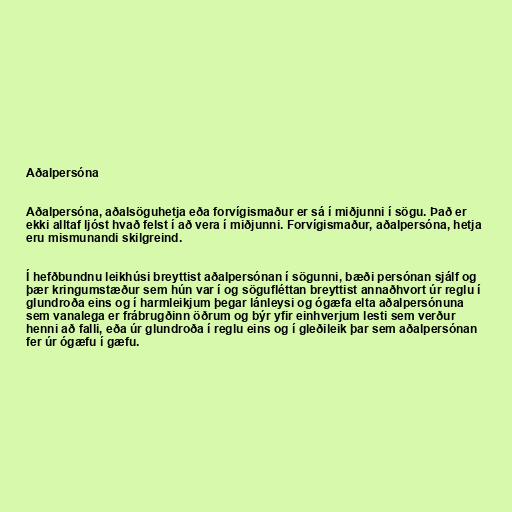
Aðalpersóna

Aðalpersóna, aðalsöguhetja eða forvígismaður er sá í miðjunni í sögu. Það er
ekki alltaf ljóst hvað felst í að vera í miðjunni. Forvígismaður, aðalpersóna, hetja
eru mismunandi skilgreind.

Í hefðbundnu leikhúsi breyttist aðalpersónan í sögunni, bæði persónan sjálf og
þær kringumstæður sem hún var í og sögufléttan breyttist annaðhvort úr reglu í
glundroða eins og í harmleikjum þegar lánleysi og ógæfa elta aðalpersónuna
sem vanalega er frábrugðinn öðrum og býr yfir einhverjum lesti sem verður
henni að falli, eða úr glundroða í reglu eins og í gleðileik þar sem aðalpersónan
fer úr ógæfu í gæfu.